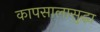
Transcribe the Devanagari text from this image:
कापसालासुद्धा